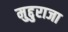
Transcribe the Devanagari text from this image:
मुद्दुराजा